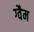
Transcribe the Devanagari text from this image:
ग्वैम